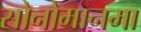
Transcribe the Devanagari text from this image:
सोनोमानमा